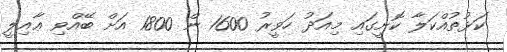
ކަޅުތުއްކަލާ ކޮށީގައި މިއަދު ހަވީރު 1600 ން 1800 އަށް ބޭއްވި ޢާއިލީ